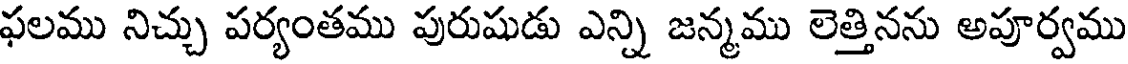
ఫలము నిచ్చు పర్యంతము పురుషుడు ఎన్ని జన్మము లెత్తినను అపూర్వము